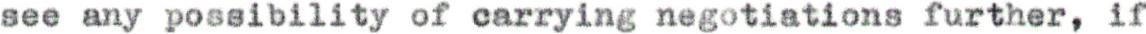
see any possibility of carrying negotiations further, if